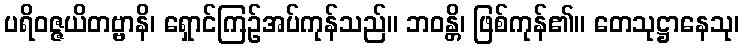
ပရိဝဇ္ဇယိတဗ္ဗာနိ၊ ရှောင်ကြဉ်အပ်ကုန်သည်။ ဘဝန္တိ၊ ဖြစ်ကုန်၏။ တေသုဋ္ဌာနေသု၊